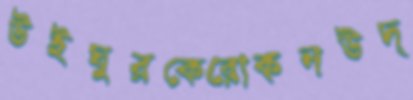
উইঘুরকেরোকনউদ্